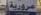
عرورية